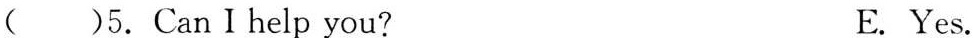
( )5.Can I help you? E. Yes.